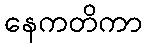
နေကတိကာ